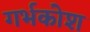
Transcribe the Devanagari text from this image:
गर्भकोश